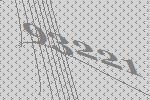
93221